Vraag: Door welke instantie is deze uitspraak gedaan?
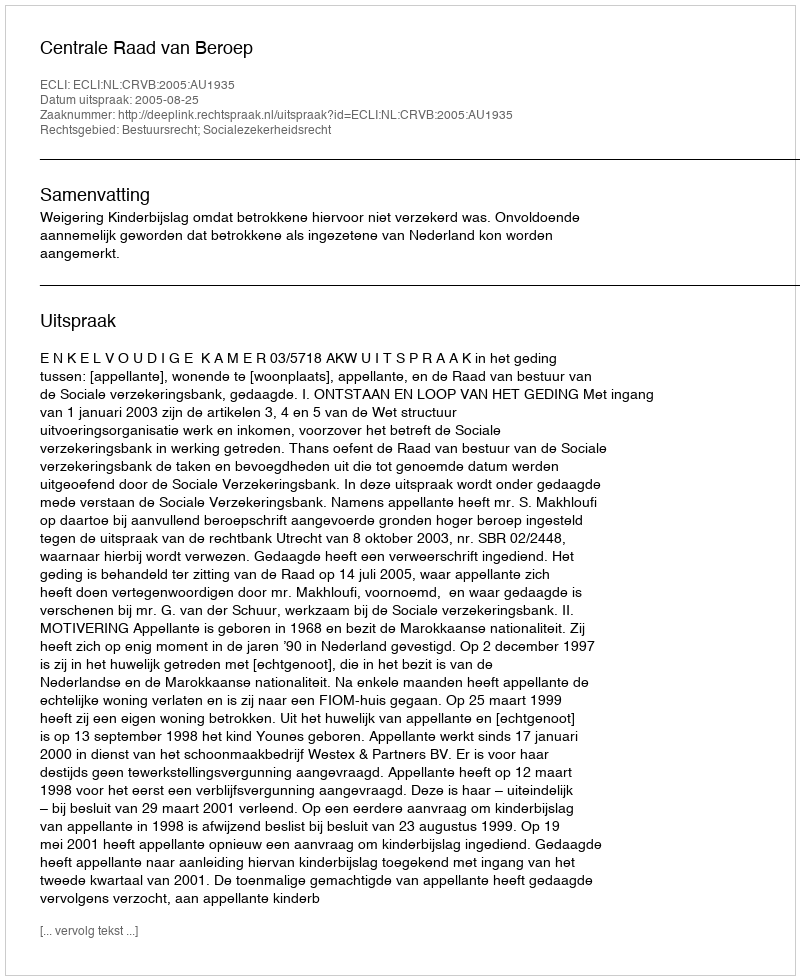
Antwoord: Centrale Raad van Beroep